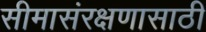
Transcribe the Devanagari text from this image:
सीमासंरक्षणासाठी